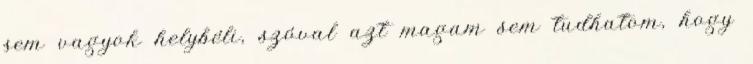
sem vagyok helybéli, szóval azt magam sem tudhatom, hogy